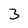
Character: 3